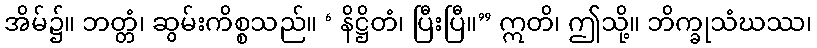
အိမ်၌။ ဘတ္တံ၊ ဆွမ်းကိစ္စသည်။ ‘ နိဋ္ဌိတံ၊ ပြီးပြီ။” ဣတိ၊ ဤသို့။ ဘိက္ခုသံဃဿ၊